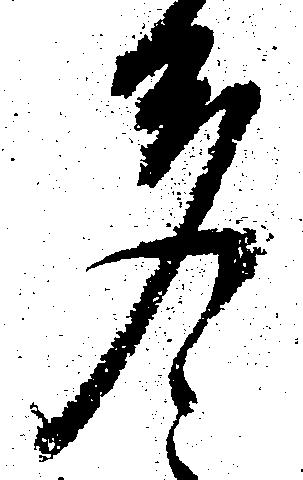
多